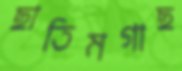
ছাতিমগাছ